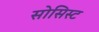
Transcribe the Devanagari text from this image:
सोसिस्ट